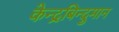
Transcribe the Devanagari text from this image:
केन्द्रबिन्दुमान